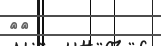
٣٠